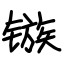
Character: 镞